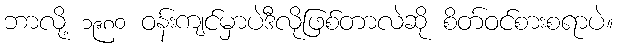
ဘာလို့ ၁၉၈၀ ဝန်းကျင်မှာပဲဒီလိုဖြစ်တာလဲဆို စိတ်ဝင်စားစရာပဲ။